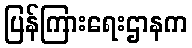
ပြန်ကြားရေးဌာနက